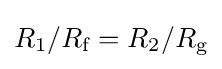
R_{1}/R_{\text{f}}=R_{2}/R_{\text{g}}